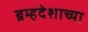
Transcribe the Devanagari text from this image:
ब्रम्हदेशाच्या